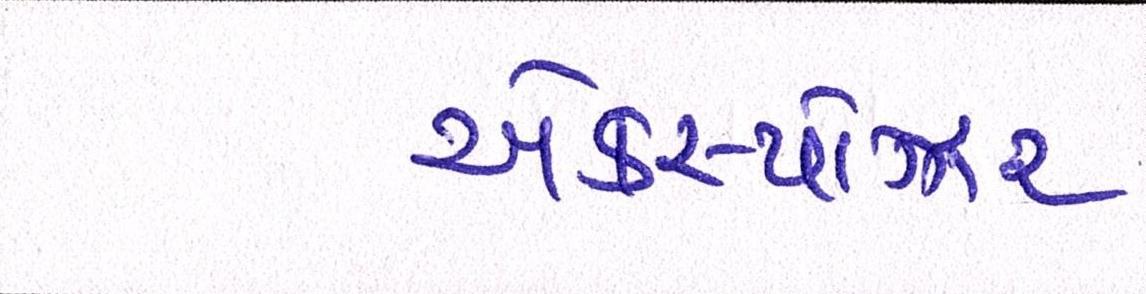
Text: એક્સ્પોઝર